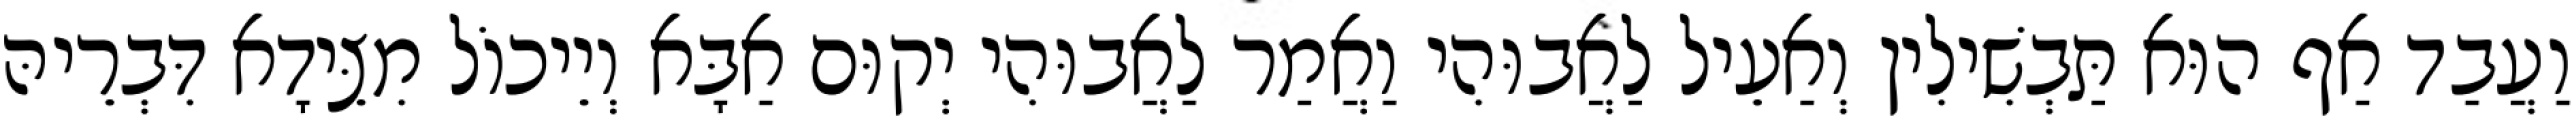
וַעֲבַד אַף הוּא תַּבְשִׁילִין וְאַעֵיל לַאֲבוּהִי וַאֲמַר לַאֲבוּהִי יְקוּם אַבָּא וְיֵיכוֹל מִצֵּידָא דִּבְרֵיהּ